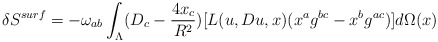
\begin{align*}\delta S^{surf}=-\omega_{ab} \int_{\Lambda}(D_c-\frac{4x_c}{R^2})[L(u,Du,x)(x^ag^{bc}-x^bg^{ac})]d\Omega(x)\end{align*}